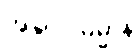
အနုပ္ပါဒဓမ္မာနိ